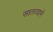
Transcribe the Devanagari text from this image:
सातव्याने